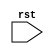
module sequential_logic (
    input rst, // reset signal
    // other input and output signals
);

reg [7:0] data; // example of a register that needs to be reset

always @ (posedge rst) begin
    // logic to reset values or states
    data <= 8'h00; // reset data to all zeros
    // other operations to be executed on positive edge of reset signal
end

// other logic in the module

endmodule